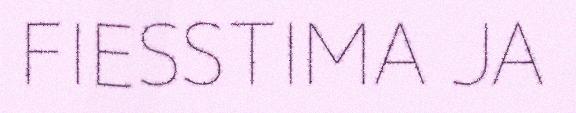
FIESSTIMA JA